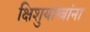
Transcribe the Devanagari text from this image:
क्षिशुयांग्बांना